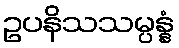
ဥပနိသသမ္ပန္နံ